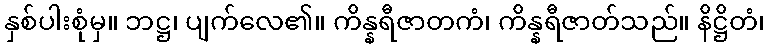
နှစ်ပါးစုံမှ။ ဘဋ္ဌ၊ ပျက်လေ၏။ ကိန္နရီဇာတကံ၊ ကိန္နရီဇာတ်သည်။ နိဋ္ဌိတံ၊